Annual report on the lock hospitals of the Madras Presidency
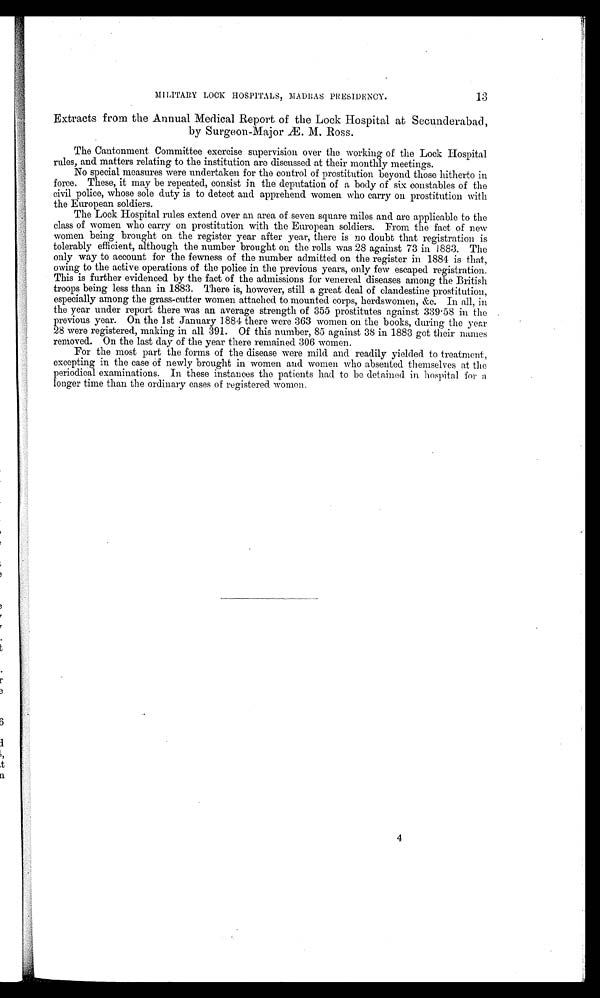
MILITARY LOCK HOSPITALS, MADRAS PRESIDENCY.
13
Extracts from the Annual Medical Report of the Lock Hospital at Secunderabad,
by Surgeon-Major Æ. M. Ross.
The Cantonment Committee exercise supervision over the working of the Lock Hospital
rules, and. matters relating to the institution are discussed at their monthly meetings.
No special measures were undertaken for the control of prostitution beyond those hitherto in
force. These, it may be repeated, consist in the deputation of a body of six constables of the
civil police, whose sole duty is to detect and apprehend women who carry on prostitution with
the European soldiers.
The Lock Hospital rules extend over an area of seven square miles and are applicable to the
class of women who carry on prostitution with the European soldiers. From the fact of new
women being brought on the register year after year, there is no doubt that registration is
tolerably efficient, although the number brought on the rolls was 28 against 73 in 1883. The
only way to account for the fewness of the number admitted on the register in 1884 is that,
owing to the active operations of the police in the previous years, only few escaped registration.
This is further evidenced by the fact of the admissions for venereal diseases among the British
troops being less than in 1883. There is, however, still a great deal of clandestine prostitution,
especially among the grass-cutter women attached to mounted corps, herdswomen, &amp;c. In all, in
the year under report there was an average strength of 355 prostitutes against 339.58 in the
previous year. On the 1st January 1884 there were 363 women on the books, during the year
28 were registered, making in all 391. Of this number, 85 against 38 in 1883 got their names
removed. On the last day of the year there remained 306 women.
For the most part the forms of the disease were mild and readily yielded to treatment,
excepting in the case of newly brought in women and women who absented themselves at the
periodical examinations. In these instances the patients had to be detained in hospital for a
longer time than the ordinary cases of registered women.
4